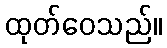
ထုတ်ဝေသည်။